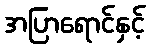
အပြာရောင်နှင့်